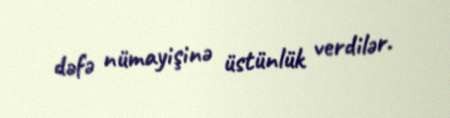
dəfə nümayişinə üstünlük verdilər.